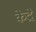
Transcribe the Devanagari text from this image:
केद्रे